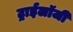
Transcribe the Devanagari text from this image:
ट्राईलॉजी